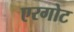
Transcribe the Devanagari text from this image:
एरगोट